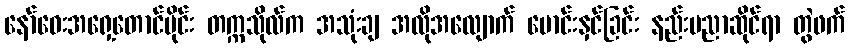
နော်ဝေးအရှေ့တောင်ပိုင်း တက္ကသိုလ်က အသုံးချ အလိုအလျောက် မောင်းနှင်ခြင်း နည်းပညာဆိုင်ရာ တွဲဖက်